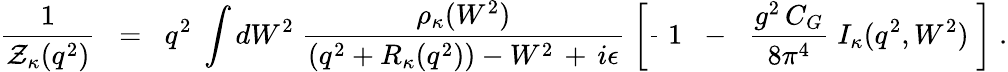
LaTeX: \frac{1}{{\cal Z}_{\kappa}(q^{2})}\; \; =\; \; q^{2}\; \int dW^{2}\; \frac{\rho_{\kappa}(W^{2})}{\left(q^{2}+R_{\kappa}(q^{2})\right)-W^{2}\, +\, i\epsilon}\; \left[\frac{}{}\; 1\; \; -\; \; \frac{g^{2}\, C_{G}}{8\pi^{4}}\; I_{\kappa}(q^{2},W^{2})\; \right]\; .